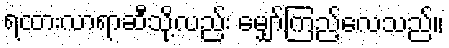
ရထားလာရာဆီသို့လည်း မျှော်ကြည့်လေသည်။